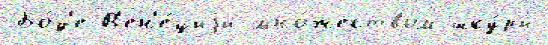
Бо́д'е В'ен'е́циjи мно́жеством шку́ры